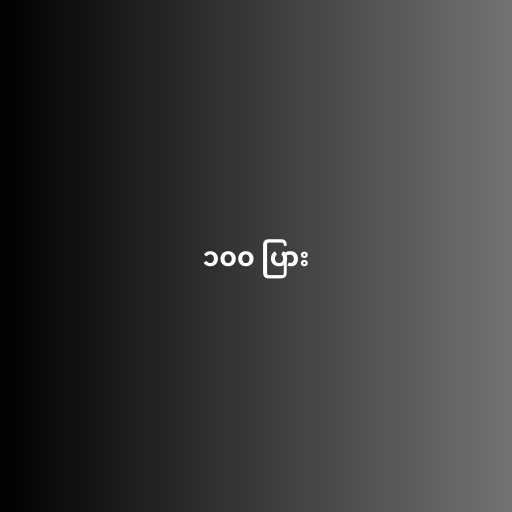
၁၀၀ ပြား